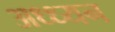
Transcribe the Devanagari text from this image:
अध्ध्यन